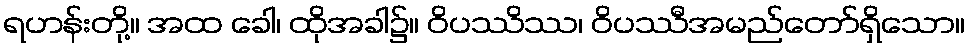
ရဟန်းတို့။ အထ ခေါ၊ ထိုအခါ၌။ ဝိပဿိဿ၊ ဝိပဿီအမည်တော်ရှိသော။